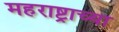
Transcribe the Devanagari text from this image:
महराष्ट्राच्या